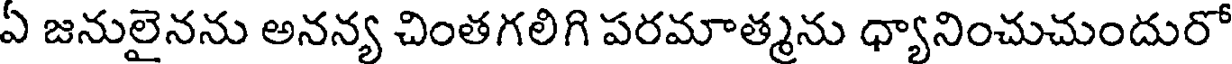
ఏ జనులైనను అనన్య చింతగలిగి పరమాత్మను ధ్యానించుచుందురో